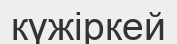
күжіркей